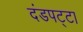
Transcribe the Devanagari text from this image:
दंडपट्टा